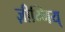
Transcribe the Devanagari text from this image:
ज़ीम्निय्